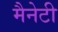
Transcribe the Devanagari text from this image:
मैनेटी